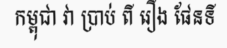
កម្ពុជា វា ប្រាប់ ពី រឿង ផែនទី